Lunatic asylums Central Provinces reports 1874-1885 - 1874-1885
Year: 1874
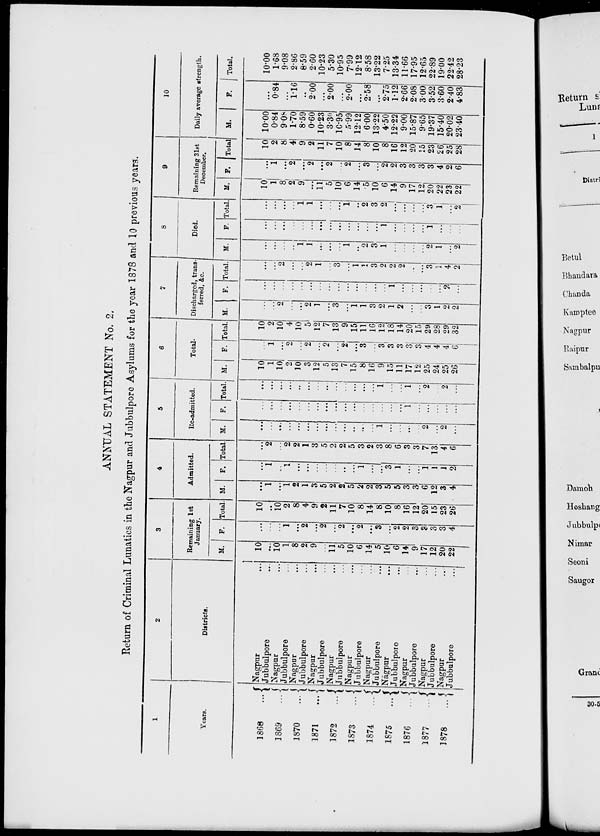
ANNUAL STATEMENT No. 2.
Return of Criminal Lunatics in the Nagpur and Jubbulpore Asylums for the year 1878 and 10 previous years.
1
Years.
1868
...
1869
...
1870
...
1871
...
1872
...
1873
...
1874 ...
1875
...
1876
...
1877
...
1878
...
2
Districts.
Nagpur ...
Jubbulpore ...
Nagpur ...
Jubbulpore ...
Nagpur ...
Jubbulpore ...
Nagpur ...
Jubbulpore ...
Nagpur ...
Jubbulpore ...
Nagpur ...
Jubbulpore ...
Nagpur ...
Jubbulpore ...
Nagpur ...
Jubbulpore ...
Nagpur ...
Jubbulpore ...
Nagpur...
Jubbulpore ...
Nagpur ...
Jubbulpore ...
3
Remaining 1st
January.
M.
10
...
10
1
8
2
9
...
11
5
10
6
14
5
10
6
14
9
17
12
20
22
F.
...
...
...
1
...
2
...
2
...
2
...
2
...
3
...
2
2
3
3
3
3
4
Total.
10
...
10
2
8
4
9
2
11
7
10
8
14
8
10
8
16
12
20
15
23
26
4
Admitted.
M.
...
1
...
1
2
1
3
5
2
2
5
2
2
3
5
5
3
3
6
12
3
4
F.
...
1
...
1
...
...
...
...
...
...
...
1
...
...
3
1
...
...
1
1
1
2
Total.
...
2
...
2
2
1
3
5
2
2
5
3
2
3
8
6
3
3
7
13
4
6
5
Re-admitted.
M.
...
...
...
...
...
...
...
...
...
...
...
...
...
1
...
...
...
...
2
...
2
...
F.
...
...
...
...
...
...
...
...
...
...
...
...
...
...
...
...
1
...
...
...
...
...
Total.
...
...
...
...
...
...
...
...
...
...
...
...
...
1
...
...
1
...
2
...
2
...
6
Total.
M.
10
1
10
2
10
3
12
5
13
7
15
8
16
9
15
11
17
12
25
24
25
26
F.
...
1
...
2
...
2
...
2
...
2
...
3
...
3
3
3
3
3
4
4
4
6
Total.
10
2
10
4
10
5
12
7
13
9
15
11
16
12
18
14
20
15
29
28
29
32
7
Discharged, trane¬
ferred, &c.
M.
...
...
2
...
...
2
1
...
3
...
1
1
3
2
1
2
...
...
3
1
2
2
F.
...
...
...
...
...
...
...
...
...
...
...
...
...
...
1
...
...
...
...
...
2
...
Total.
...
...
2
...
...
2
1
...
3
...
1
1
3
2
2
2
...
...
3
1
4
2
8
Died.
M.
...
...
...
...
1
1
...
...
...
1
...
2
3
1
...
...
...
...
2
1
...
2
F.
...
...
...
...
...
...
...
...
...
...
...
...
...
1
...
...
...
...
1
...
...
...
Total.
...
...
...
...
1
1
...
...
...
1
...
2
3
2
...
...
...
...
3
1
...
2
9
Remaining 31st
December.
M.
10
1
8
2
9
...
11
5
10
6
14
5
10
6
14
9
17
12
20
22
23
22
F.
...
1
...
2
...
2
...
2
...
2
...
3
...
2
2
3
3
3
3
4
2
6
Total.
10
2
8
4
9
2
11
7
10
8
14
8
10
8
16
12
20
15
23
26
25
28
10
Daily average strength.
M.
10.00
0.84
9.08
1.70
8.59
0.60
10.23
3.30
10.95
5.99
12.12
6.00
13.22
4.50
12.22
9.00
15.87
9.65
19.37
15.40
20.02
23.40
F.
...
0.84
...
1.16
...
2.00
...
2.00
...
2.00
...
2.58
...
2.75
1.12
2.66
2.08
3.00
3.52
3.60
2.40
4.83
Total.
10.00
1.68
9.08
2.86
8.59
2.60
10.23
5.30
10.95
7.99
12.12
8.58
13.22
7.25
13.34
11.66
17.95
12.65
22.89
19.00
22.42
28.23